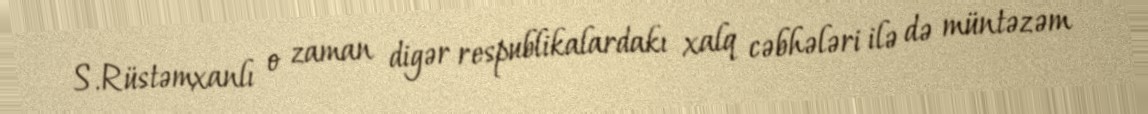
S.Rüstəmxanlı o zaman digər respublikalardakı xalq cəbhələri ilə də müntəzəm